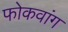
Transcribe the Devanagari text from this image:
फोकवांग